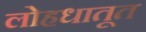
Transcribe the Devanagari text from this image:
लोहधातूत